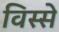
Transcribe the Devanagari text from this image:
विस्से